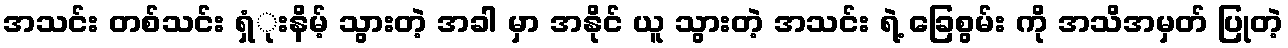
အသင်း တစ်သင်း ရှံုးနိမ့် သွားတဲ့ အခါ မှာ အနိုင် ယူ သွားတဲ့ အသင်း ရဲ့ ခြေစွမ်း ကို အသိအမှတ် ပြုတဲ့